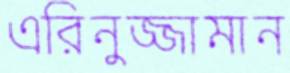
এরিনুজ্জামান